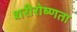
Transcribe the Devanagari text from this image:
शरीरोष्णता